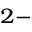
^ { 2 - }